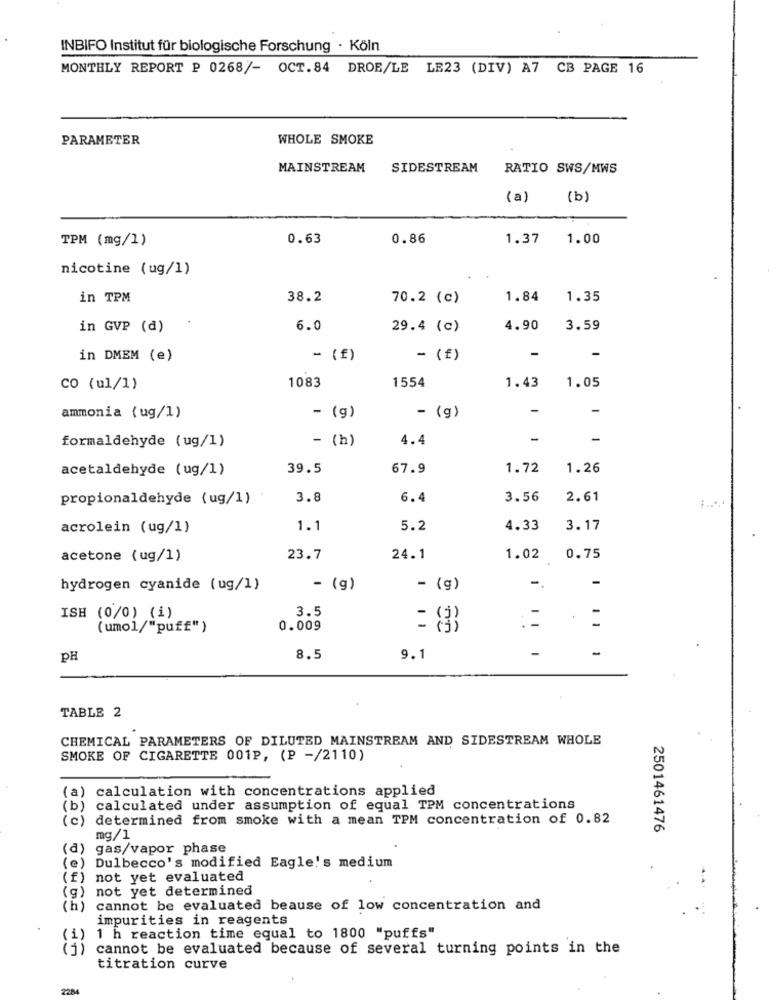
INBIFO Institut für biologische Forschung · Köln
MONTHLY REPORT P 0268/- OCT.84 DROE/LE LE23 (DIV) A7 CB PAGE 16
PARAMETER
WHOLE SMOKE
MAINSTREAM
SIDESTREAM
RATIO SWS/MWS
(a)
(b)
TPM (mg/1)
0.63
0.86
1.37
1.00
nicotine (ug/1)
in TPM
38.2
70.2 (c)
1.84
1.35
in GVP (d)
6.0
29.4 (c)
4.90
3.59
-
in DMEM (e)
- (f)
- (f)
1083
1554
1.05
co (ul/1)
1.43
-
ammonia { ug/1)
- (g)
- (g)
- (h)
4.4
-
formaldehyde (ug/1)
acetaldehyde (ug/1)
39.5
67.9
1.72
1.26
propionaldehyde (ug/1)
3.8
6.4
3.56
2.61
acrolein (ug/1)
1.1
5.2
4.33
3.17
acetone ( ug/1)
23.7
24.1
1.02
0.75
-
hydrogen cyanide (ug/1)
- (g)
- (g)
-
3.5
ISH (0/0) (1)
= (*)
(umol/"puff")
0.009
-
-
PH
8.5
9.1
TABLE 2
CHEMICAL PARAMETERS OF DILUTED MAINSTREAM AND SIDESTREAM WHOLE
SMOKE OF CIGARETTE 001P, (P -/2110)
(a) calculation with concentrations applied
( b)
calculated under assumption of equal TPM concentrations
determined from smoke with a mean TPM concentration of 0.82
(c)
2501461476
mg/1
(a)
gas/vapor phase
(e)
Dulbecco's modified Eagle's medium
(f)
not yet evaluated
not yet determined
(g)
( h)
cannot be evaluated beause of low concentration and
impurities in reagents
(1)
1 h reaction time equal to 1800 "puffs"
cannot be evaluated because of several turning points in the
titration curve
2284